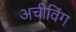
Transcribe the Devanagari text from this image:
अचीविंग